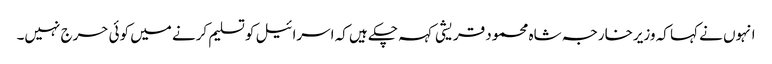
انہوں نے کہا کہ وزیرخارجہ شاہ محمود قریشی کہہ چکے ہیں کہ اسرائیل کو تسلیم کرنے میں کوئی حرج نہیں۔